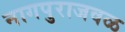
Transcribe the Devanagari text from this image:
नागपुराजवळ